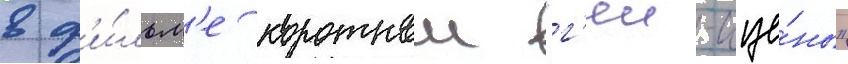
в ф'и́льм'е короткои "г'еи-сце́ны"